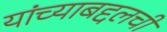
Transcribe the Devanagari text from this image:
यांच्याबद्दलची